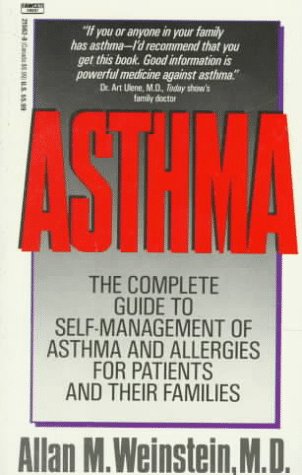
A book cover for Asthma; Allan M. Weinstein; Health, Fitness & Dieting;